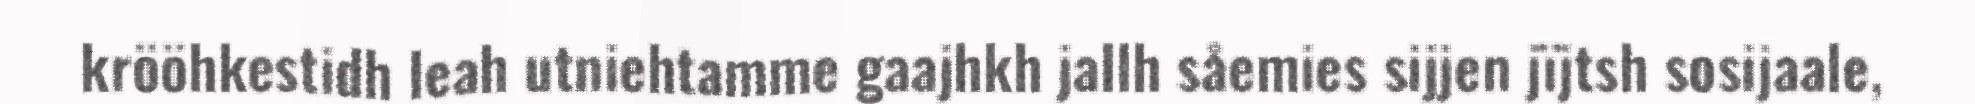
krööhkestidh leah utniehtamme gaajhkh jallh såemies sijjen jïjtsh sosijaale,